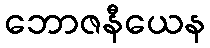
ဘောဇနီယေန